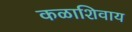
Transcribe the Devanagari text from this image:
कळाशिवाय